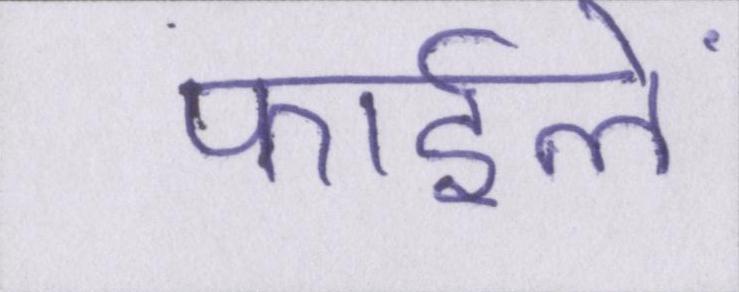
फाईलें